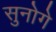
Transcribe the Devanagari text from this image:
सुनोगे